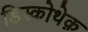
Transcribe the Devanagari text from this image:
डिस्कोथेक़